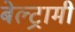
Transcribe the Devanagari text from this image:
बेल्ट्रामी